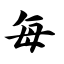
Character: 每